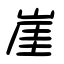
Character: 崖